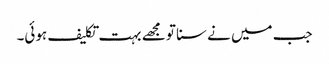
جب میں نے سنا تو مجھے بہت تکلیف ہوئی۔